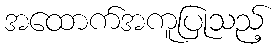
အထောက်အကူပြုသည့်